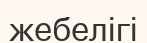
жебелігі